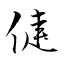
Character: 倢